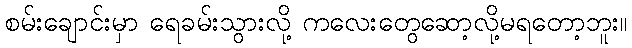
စမ်းချောင်းမှာ ရေခမ်းသွားလို့ ကလေးတွေဆော့လို့မရတော့ဘူး။